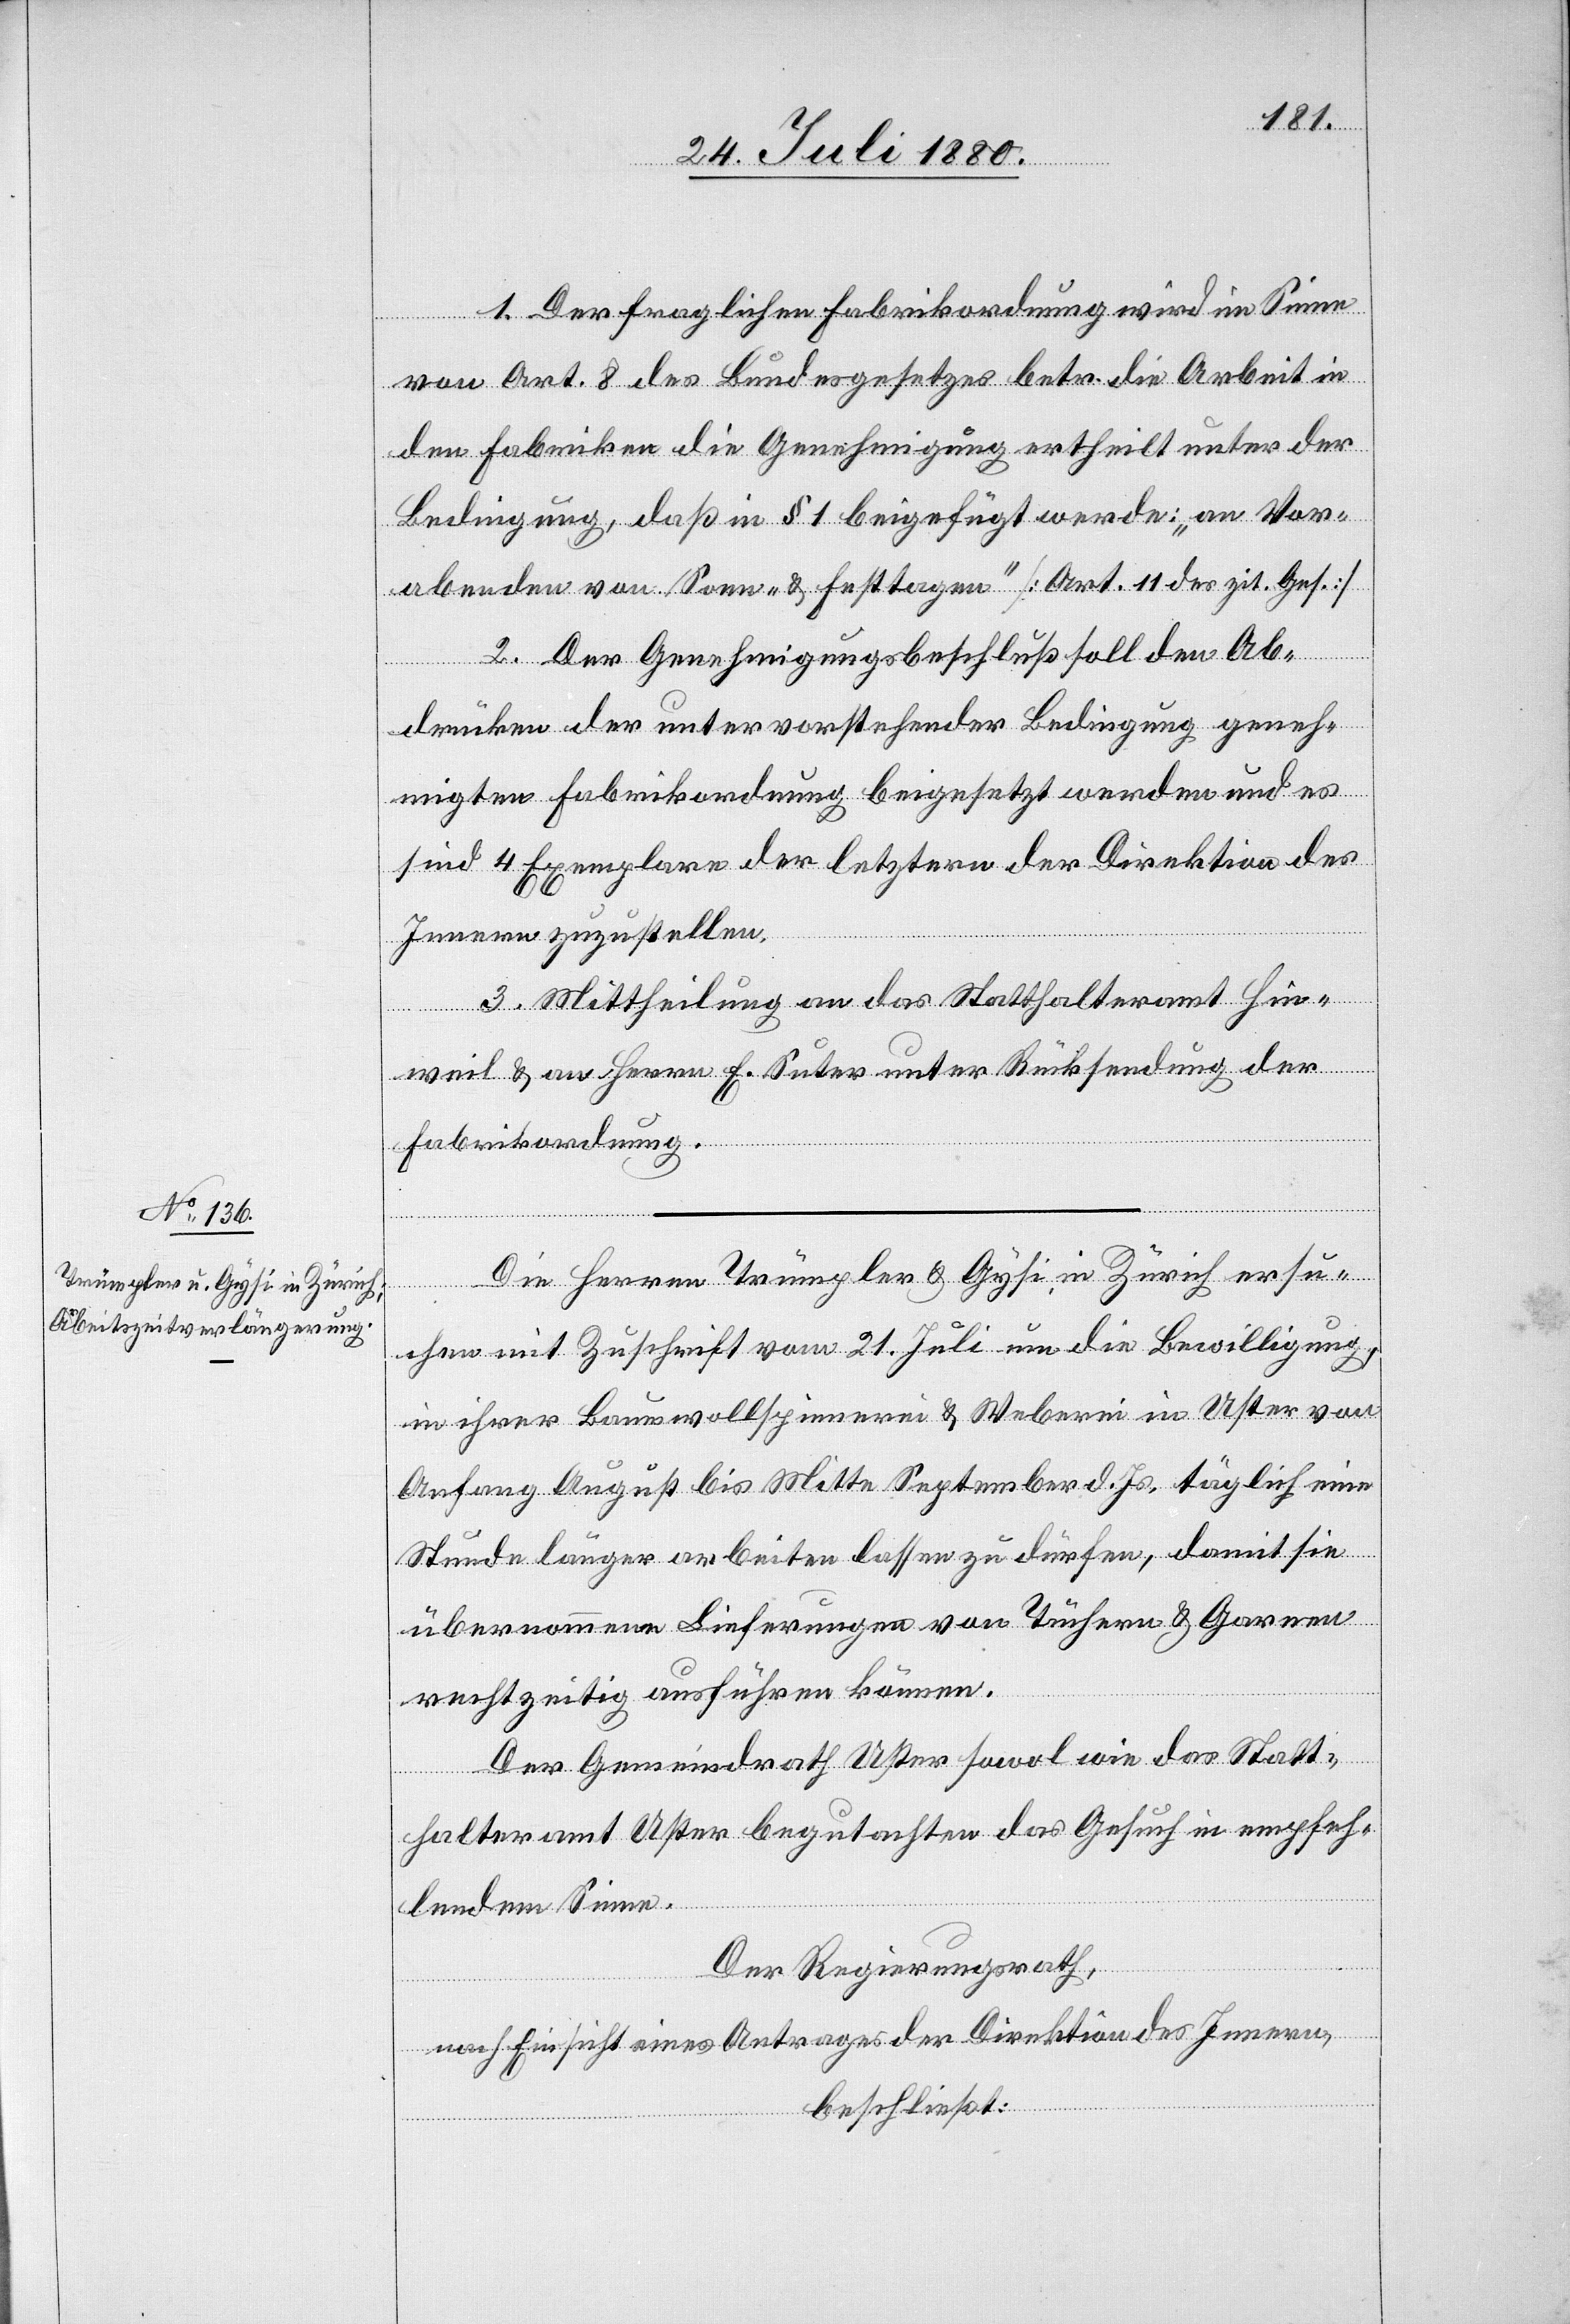
1. Der fraglichen Fabrikordnung wird im Sinne
von Art. 8 des Bundesgesetzes betr. die Arbeit in
den Fabriken die Genehmigung ertheilt unter der
Bedingung, daß in § 1 beigefügt werde: „an Vor¬
abenden von Sonn- & Festtagen“ [Art. 11 des zit. Ges.].
2. Der Genehmigungsbeschluss soll den Ab¬
drücken der unter vorstehender Bedingung geneh¬
migten Fabrikordnung beigesetzt werden und es
sind 4 Exemplare der letzteren der Direktion des
Innern zuzustellen.
3. Mittheilung an das Statthalteramt Hin¬
weil & an Herren E. Suter unter Rücksendung der
Fabrikordnung.
Die Herren Trümpler & Gysi in Zürich ersu¬
chen mit Zuschrift vom 21. Juli um die Bewilligung
in ihrer Baumwollspinnerei & Weberei in Uster von
Anfang Augst bis Mitte September d. Js., täglich eine
Stunde länger arbeiten lassen zu dürfen, damit sie
übernommene Lieferungen von Tüchern & Garnen
rechtzeitig ausführen können.
Der Gemeindrath Uster sowol wie das Statt¬
halteramt Uster begutachten das Gesuch in empfeh¬
lendem Sinne.
Der Regierungsrath,
nach Einsicht eines Antrages der Direktion des Innern
beschließt: